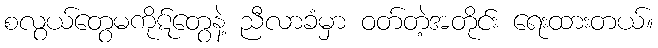
စလွယ်တွေမကိုဋ်တွေနဲ့ ညီလာခံမှာ ဝတ်တဲ့အတိုင်း ရေးထားတယ်။